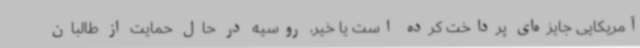
آمریکایی جایزه‌ای پرداخت کرده است یا خیر، روسیه در حال حمایت از طالبان